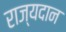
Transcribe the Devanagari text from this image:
राज्यदान